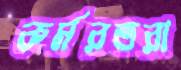
কর্মরতরা